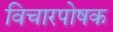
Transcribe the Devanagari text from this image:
विचारपोषक